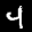
Label: 4